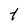
Character: t